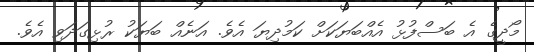
މޯދީގެ އެ ބަސްފުޅު އެއްބަޔަކަށް ކަމުދިޔަ އެވެ. އަނެއް ބަޔަކު ރުޅިގަދަވި އެވެ.